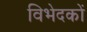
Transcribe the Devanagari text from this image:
विभेदकों